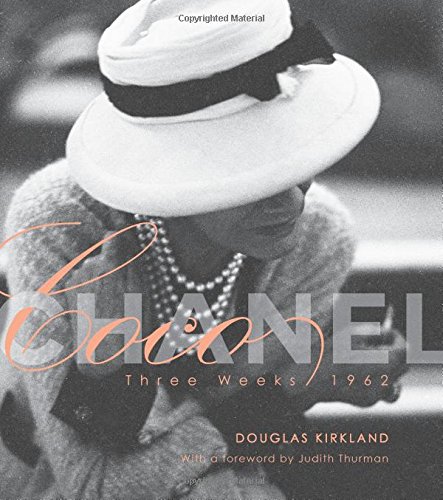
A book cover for Coco Chanel: Three Weeks/1962; Douglas Kirkland; Humor & Entertainment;